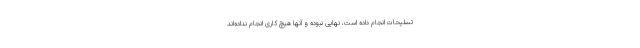
تسلیحات انجام داده است، نهایی نبوده و آنها هیچ کاری انجام نداده‌اند